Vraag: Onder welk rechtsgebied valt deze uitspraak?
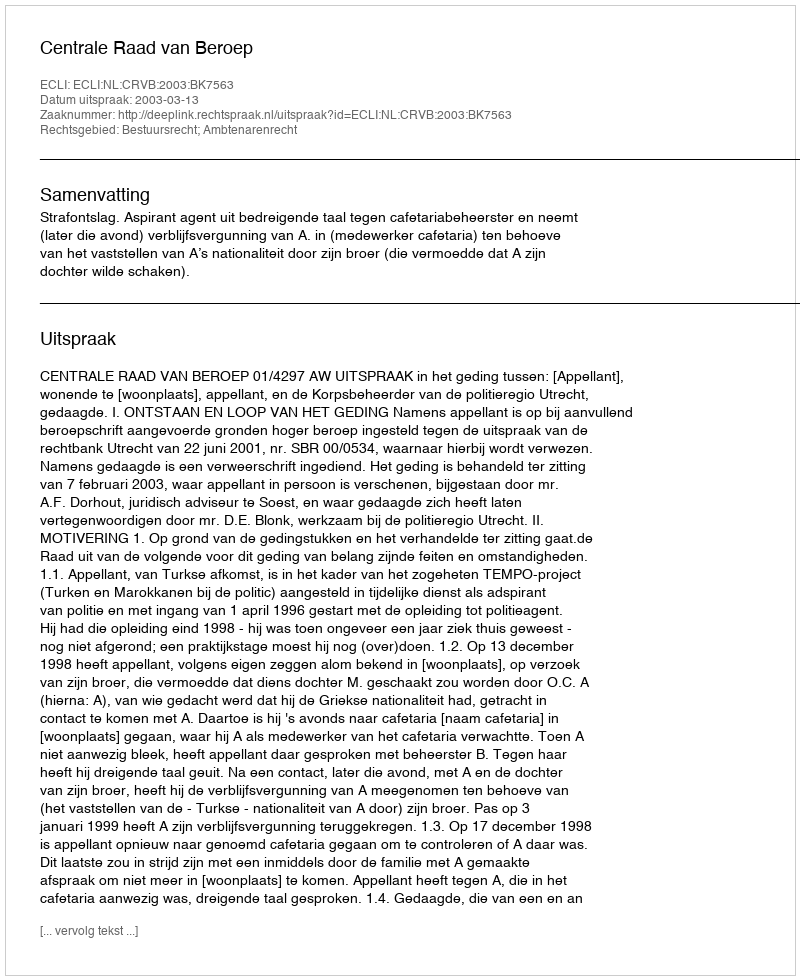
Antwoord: Bestuursrecht; Ambtenarenrecht